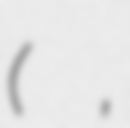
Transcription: (福原 遥,